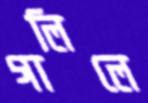
গালিলে